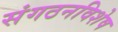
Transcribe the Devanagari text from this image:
संगठनविशेष